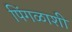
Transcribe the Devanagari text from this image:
पिंगळाशी